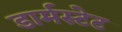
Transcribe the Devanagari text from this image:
डार्मस्टेट